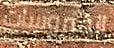
الفيروسات